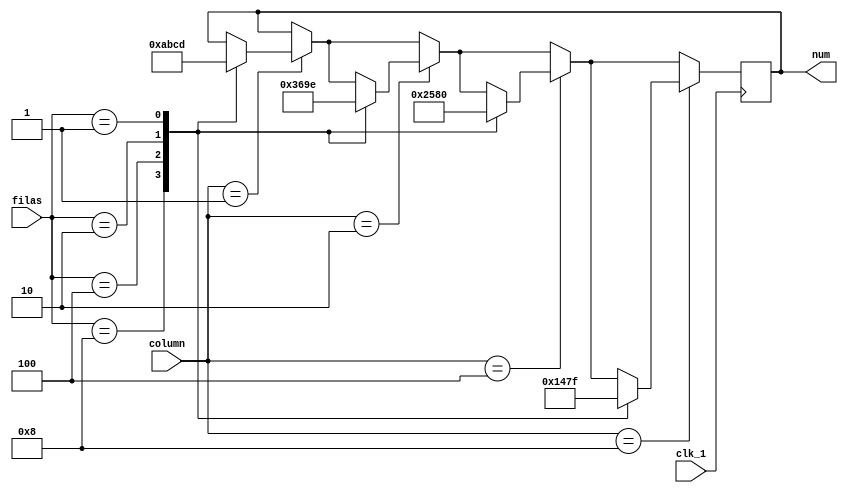
module comparador (filas, column,clk_1, num);

input [3:0] filas;
input [3:0] column;
input clk_1;
output reg [3:0] num;

initial begin
	num = 0;
end

always @(posedge clk_1) begin

	if(column == 4'b0001)begin
	
		 case(filas)
				4'b1000: num = 4'hA;
				4'b0100: num = 4'hB;
				4'b0010: num = 4'hC;
				4'b0001: num = 4'hD;		
				//default: num = 0;
				
		 endcase
	
	end
	if(column == 4'b0010)begin
	
		 case(filas)
				4'b1000: num = 4'h3;
				4'b0100: num = 4'h6;
				4'b0010: num = 4'h9;
				4'b0001: num = 4'hE; //*		
				//default: num = 0;
				
		 endcase
	
	end
	if(column == 4'b0100)begin
	
		 case(filas)
				4'b1000: num = 4'h2;
				4'b0100: num = 4'h5;
				4'b0010: num = 4'h8;
				4'b0001: num = 4'h0;		
				//default: num = 0;
				
		 endcase
	
	end
	if(column == 4'b1000)begin
	
		 case(filas)
				4'b1000: num = 4'h1;
				4'b0100: num = 4'h4;
				4'b0010: num = 4'h7;
				4'b0001: num = 4'hF;	//#	
				//default: num = 0;
				
		 endcase
	
	end

end

endmodule